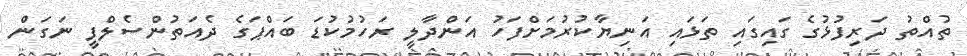
ތުއްތު ދަރިފުޅުގެ ގައިގައި ތަޅައި އަނިޔާކުރުމަށްފަހު އަންދާލީ ރަހުމުކުޑަ ބައްޕަގެ ދެއަތުންސެލްފީ ނަގަން